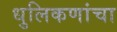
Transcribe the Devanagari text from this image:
धुलिकणांचा